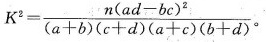
$$K ^ { 2 } = \frac { n ( a d - b c ) ^ { 2 } } { ( a + b ) ( c + d ) ( a + c ) ( b + d ) }$$ 。